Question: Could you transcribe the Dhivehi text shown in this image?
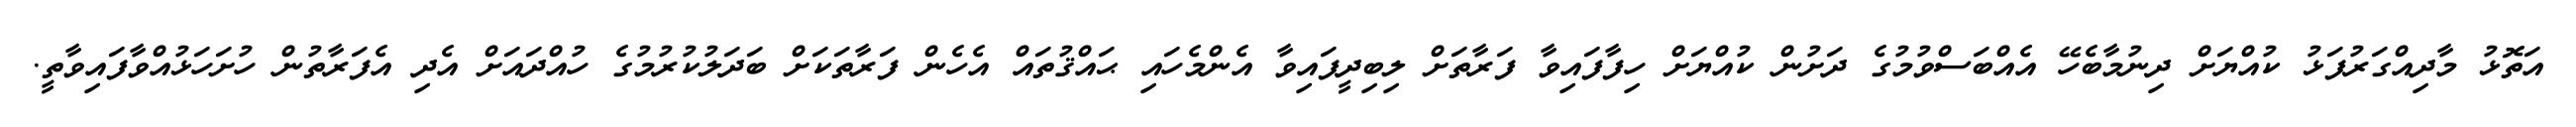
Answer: އަތޮޅު މާދިއްގަރުފަޅު ކުއްޔަށް ދިނުމާބެހޭ އެއްބަސްވުމުގެ ދަށުން ކުއްޔަށް ހިފާފައިވާ ފަރާތަށް ލިބިދީފައިވާ އެންމެހައި ޙައްޤުތައް އެހެން ފަރާތަކަށް ބަދަލުކުރުމުގެ ހުއްދައަށް އެދި އެފަރާތުން ހުށަހަޅުއްވާފައިވާތީ.